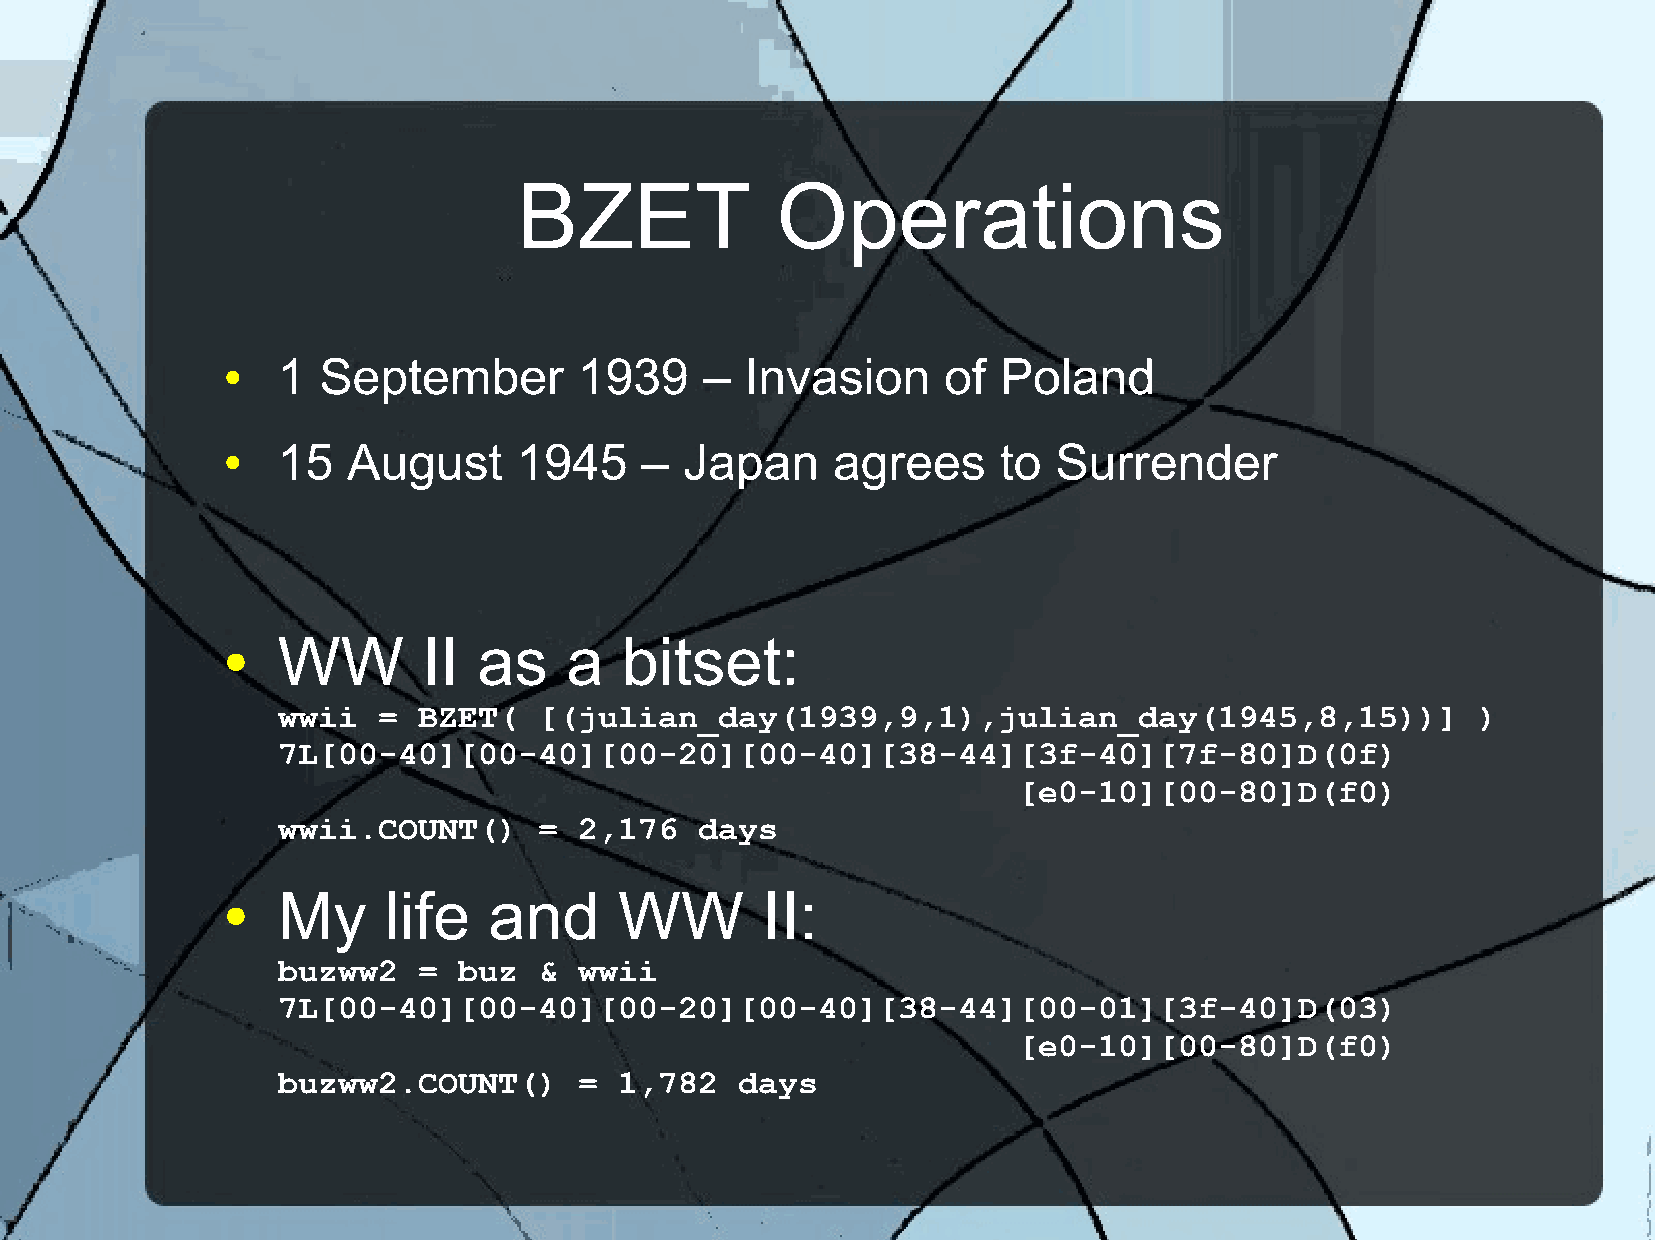
BZET             Operations
 1  September        1939     – Invasion     of  Poland
 ●
 15   August     1945    –  Japan     agrees     to  Surrender
 ●
 WW        II  as   a   bitset:
 ●
 wwii   =  BZET(   [(julian_day(1939,9,1),julian_day(1945,8,15))]                )
 7L[00-40][00-40][00-20][00-40][38-44][3f-40][7f-80]D(0f)
 [e0-10][00-80]D(f0)
 wwii.COUNT()      = 2,176   days
 My     life   and      WW       II:
 ●
 buzww2    = buz   & wwii
 7L[00-40][00-40][00-20][00-40][38-44][00-01][3f-40]D(03)
 [e0-10][00-80]D(f0)
 buzww2.COUNT()      =  1,782   days